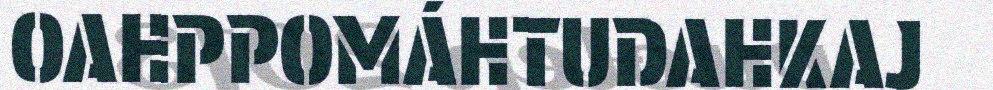
OAHPPOMÁHTUDAHKAJ